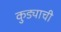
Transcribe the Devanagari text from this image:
कुड्याची